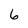
Character: 6